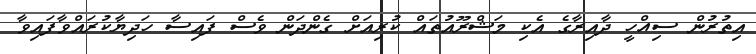
އިތުރުން ސިއްހީ ދާއިރާގެ އެކި މަޝްރޫއުތައް ކުރިއަށް ގެންދަން ވެސް ފައިސާ ހަދިޔާކުރައްވާފައިވާ